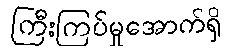
ကြီးကြပ်မှုအောက်ရှိ